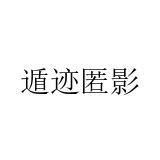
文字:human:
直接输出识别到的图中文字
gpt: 遁迹匿影